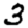
Digit: 3